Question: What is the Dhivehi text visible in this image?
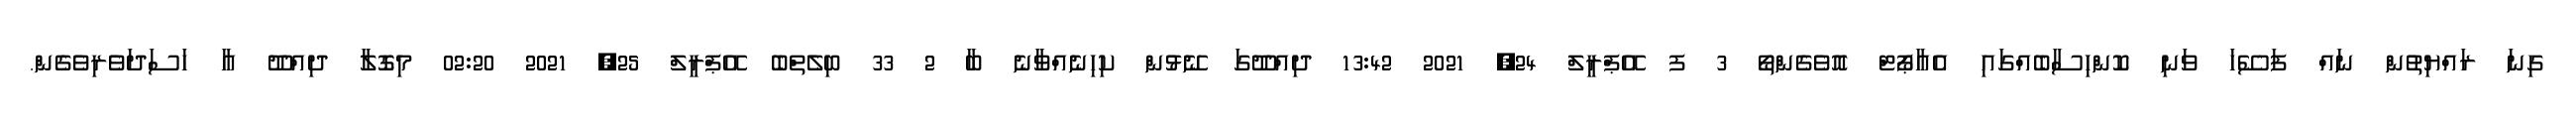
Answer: ގިނަ ރައްޔިތުން ނައް ފަސޭހަ ވަނި ކޮންހިސާބެއްގައި އެއާޕޯޓް އޮވެގެންތޯ 3 ފ އޭޕްރީލް 24, 2021 13:42 ދިއްދޫގަ ނޭޅުން ކިހިނެއްވާނެ ބާ 2 33 ބިލެތްބެ އޭޕްރީލް 25, 2021 02:20 މިގޮލާ ދިއްދޫ އާ ހަސަދަވެރިވެގެން.